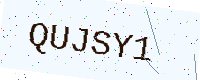
Text: QUJSY1